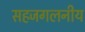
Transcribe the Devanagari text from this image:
सहजगलनीय